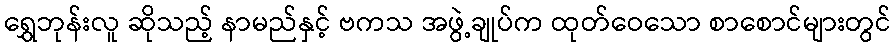
ရွှေဘုန်းလူ ဆိုသည့် နာမည်နှင့် ဗကသ အဖွဲ့ချုပ်က ထုတ်ဝေသော စာစောင်များတွင်